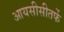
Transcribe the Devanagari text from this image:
आयसीसीतर्फे